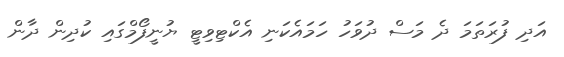
އަދި ފުރަތަމަ ދެ މަސް ދުވަހު ހަމައެކަނި އެކްޓިވިޓީ ޔުނީފޯމްގައި ކުދިން ދާން